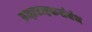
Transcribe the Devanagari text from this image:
ग्राह्यग्राहकसंबंध